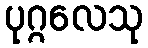
ပုဂ္ဂလေသု